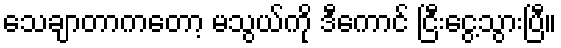
သေချာတာကတော့ မသွယ်ကို ဒီကောင် ငြီးငွေ့သွားပြီ။